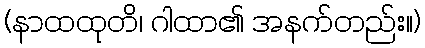
(နာထထုတိ၊ ဂါထာ၏ အနက်တည်း။)